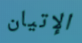
الإتيان